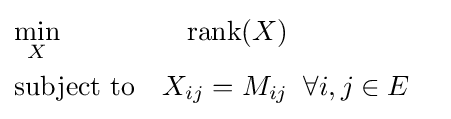
{\begin{aligned}&{\underset {X}{\text{min}}}&{\text{rank}}(X)\\&{\text{subject to}}&X_{ij}=M_{ij}&\;\;\forall i,j\in E\\\end{aligned}}